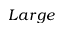
L a r g e